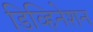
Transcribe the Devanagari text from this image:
डिव्हिनेशन